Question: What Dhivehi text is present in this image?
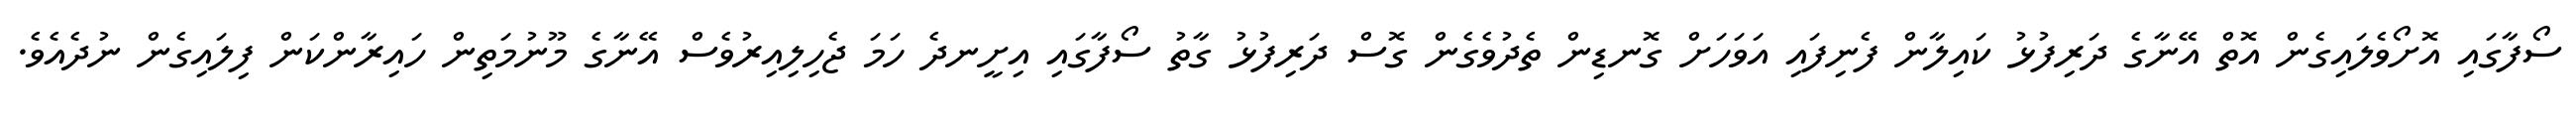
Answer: ސޯފާގައި އޮށޯވެލައިގެން އޮތް އޭނާގެ ދަރިފުޅު ކައިލާން ފެނިފައި އަވަހަށް ގޮނޑިން ތެދުވެގެން ގޮސް ދަރިފުޅު ގާތު ސޯފާގައި އިށީނދެ ހަމަ ޖެހިލިއިރުވެސް އޭނާގެ މޫނުމަތިން ހައިރާންކަން ފިލައިގެން ނުދެއެވެ.